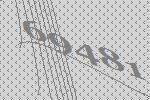
69481